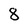
Character: 8